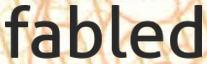
fabled